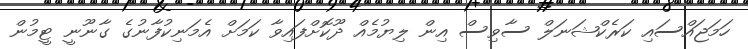
ހަމަޖައްސައި ކަރެކްޝަނަލް ސާވިސް އިން ލިޔުމެއް ދޫކޮށްފައިވާ ކަމަށް އެމަނިކުފާނުގެ ގާނޫނީ ޓީމުން